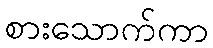
စားသောက်ကာ